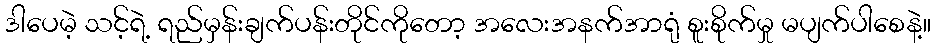
ဒါပေမဲ့ သင့်ရဲ့ ရည်မှန်းချက်ပန်းတိုင်ကိုတော့ အလေးအနက်အာရုံ စူးစိုက်မှု မပျက်ပါစေနဲ့။